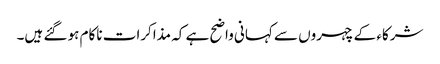
شرکاء کے چہروں سے کہانی واضح ہے کہ مذاکرات ناکام ہو گئے ہیں۔